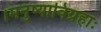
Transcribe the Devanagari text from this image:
।मनुष्याविग्रहाः